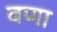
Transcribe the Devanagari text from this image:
वणा